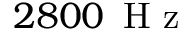
2 8 0 0 \, \textrm { H z }